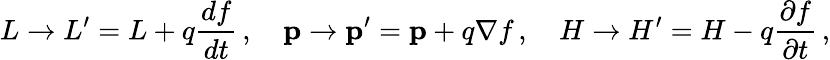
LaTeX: L\rightarrow L^{\prime}=L+q{\frac{df}{dt}}\, ,\quad\mathbf{p}\rightarrow\mathbf{p^{\prime}}=\mathbf{p}+q\nabla f\, ,\quad H\rightarrow H^{\prime}=H-q{\frac{\partial f}{\partial t}}\, ,